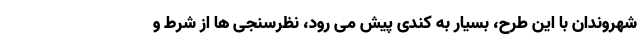
شهروندان با این طرح، بسیار به کندی پیش می رود، نظرسنجی ها از شرط و